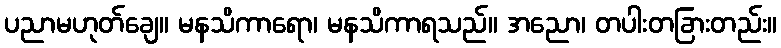
ပညာမဟုတ်ချေ။ မနသိကာရော၊ မနသိကာရသည်။ အညော၊ တပါးတခြားတည်း။